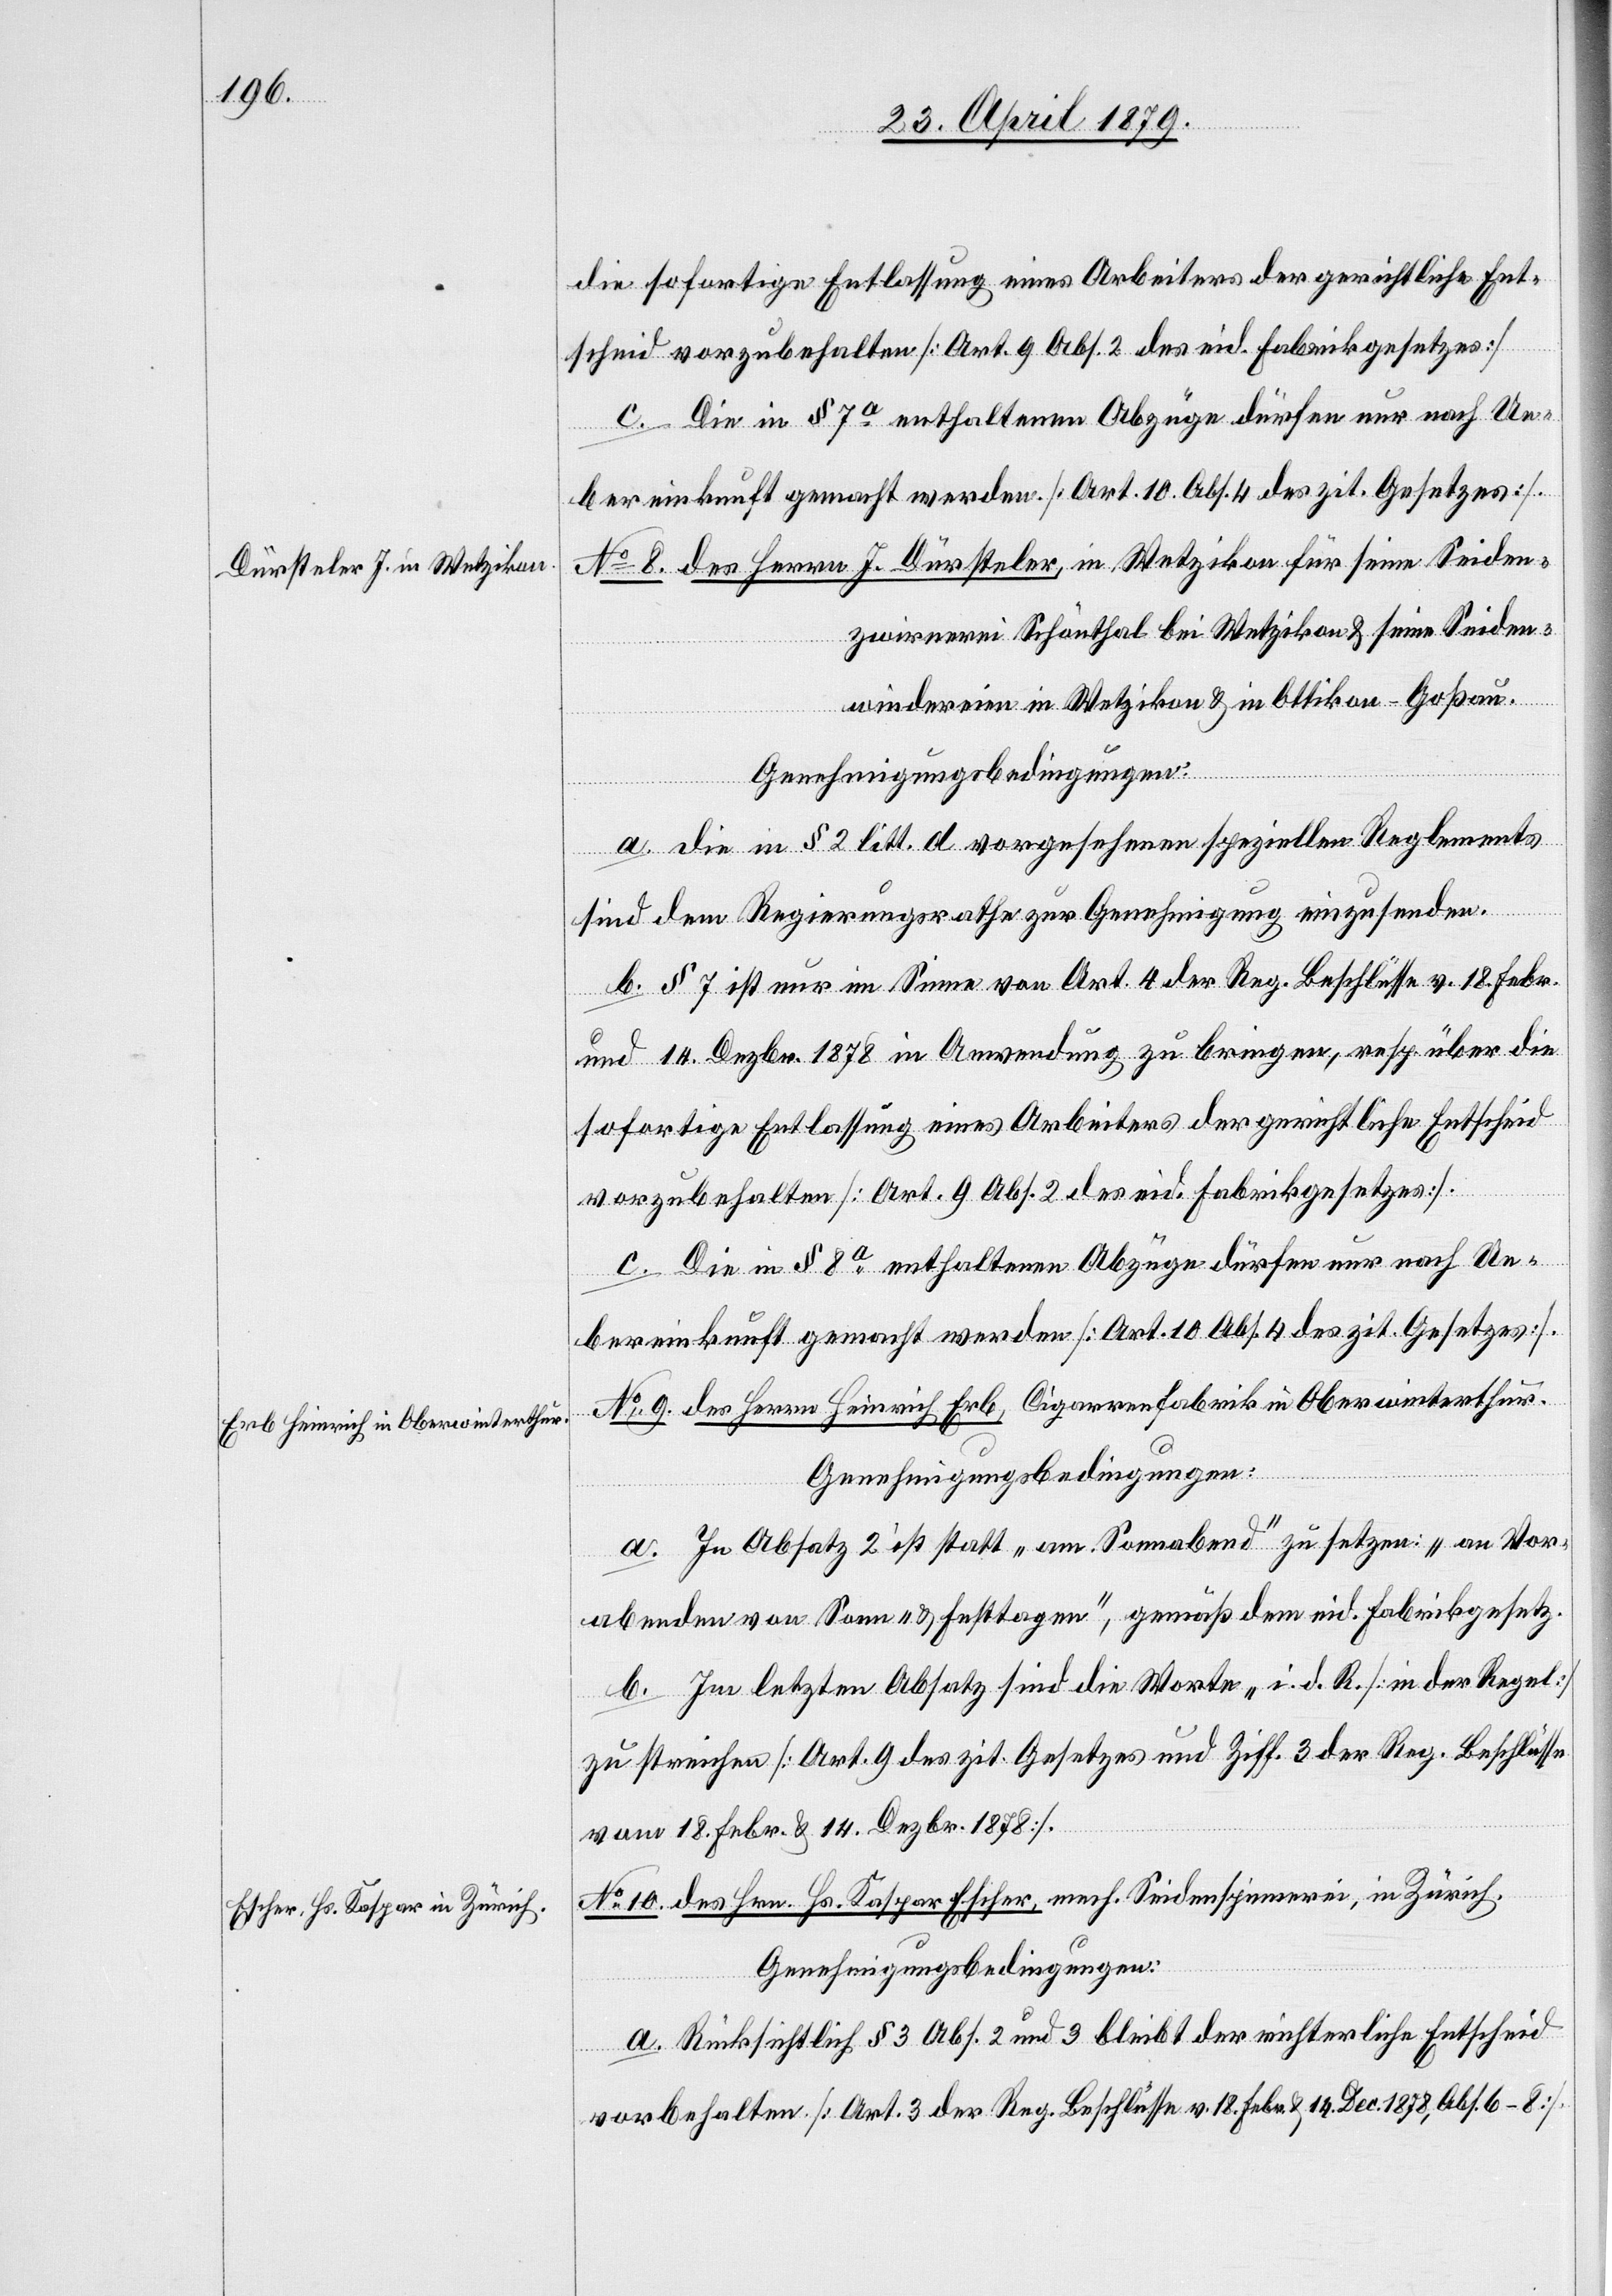
[Fortsetzung
die sofortige Entlassung eines Arbeiters der gerichtliche Ent¬
scheid vorzubehalten [Art. 9 Abs. 2 des eid. Fabrikgesetzes]
c. Die in § 7a enthaltenen Abzüge dürfen nur nach Ue¬
bereinkunft gemacht werden [Art. 10 Abs. 4 des zit. Gesetzes].
No 8. des Herrn J. Dürsteler, in Wetzikon, für seine Seiden¬
zwirnerei Schönthal bei Wetzikon & seine Seiden¬
windereien in Wetzikon & Ottikon - Goßau.
a. Die in § 2 litt. d vorgesehenen speziellen Reglements
sind dem Regierungsrathe zur Genehmigung einzusenden.
b. § 7 ist nur im Sinne von Art. 4 der Reg. Beschlüsse v. 18. Febr.
und 14. Dezbr. 1878 in Anwendung zu bringen, resp. über die
sofortige Entlassung eines Arbeiters der gerichtliche Entscheid
vorzubehalten [Art. 9 Abs. 2 des eid. Fabrikgesetzes].
c. Die in § 8a enthaltenen Abzüge dürfen nur nach Ue¬
No 9. des Herrn Heinrich Erb, Cigarrenfabrik in Oberwinterthur.
Genehmigungsbedingungen:
a. In Absatz 2 ist statt „am Sonnabend“ zu setzen: „an Vor¬
abenden von Sonn- & Festtagen“, gemäß dem eid. Fabrikgesetz.
b. Im letzten Absatz sind die Worte „i. d. R. [in der Regel]
zu streichen [Art. 9 des zit. Gesetzes und Ziff. 3 der Reg. Beschlüsse
vom 18. Febr. & 14. Dezbr. 1878].